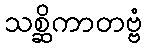
သစ္ဆိကာတဗ္ဗံ